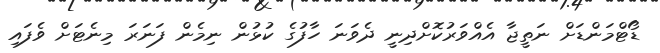
ޑޯޓްމަންޑަށް ނަތީޖާ އެއްވަރުކޮށްދިނީ ދެވަނަ ހާފުގެ ކުޅުން ނިމެން ފަނަރަ މިނެޓަށް ވެފައި